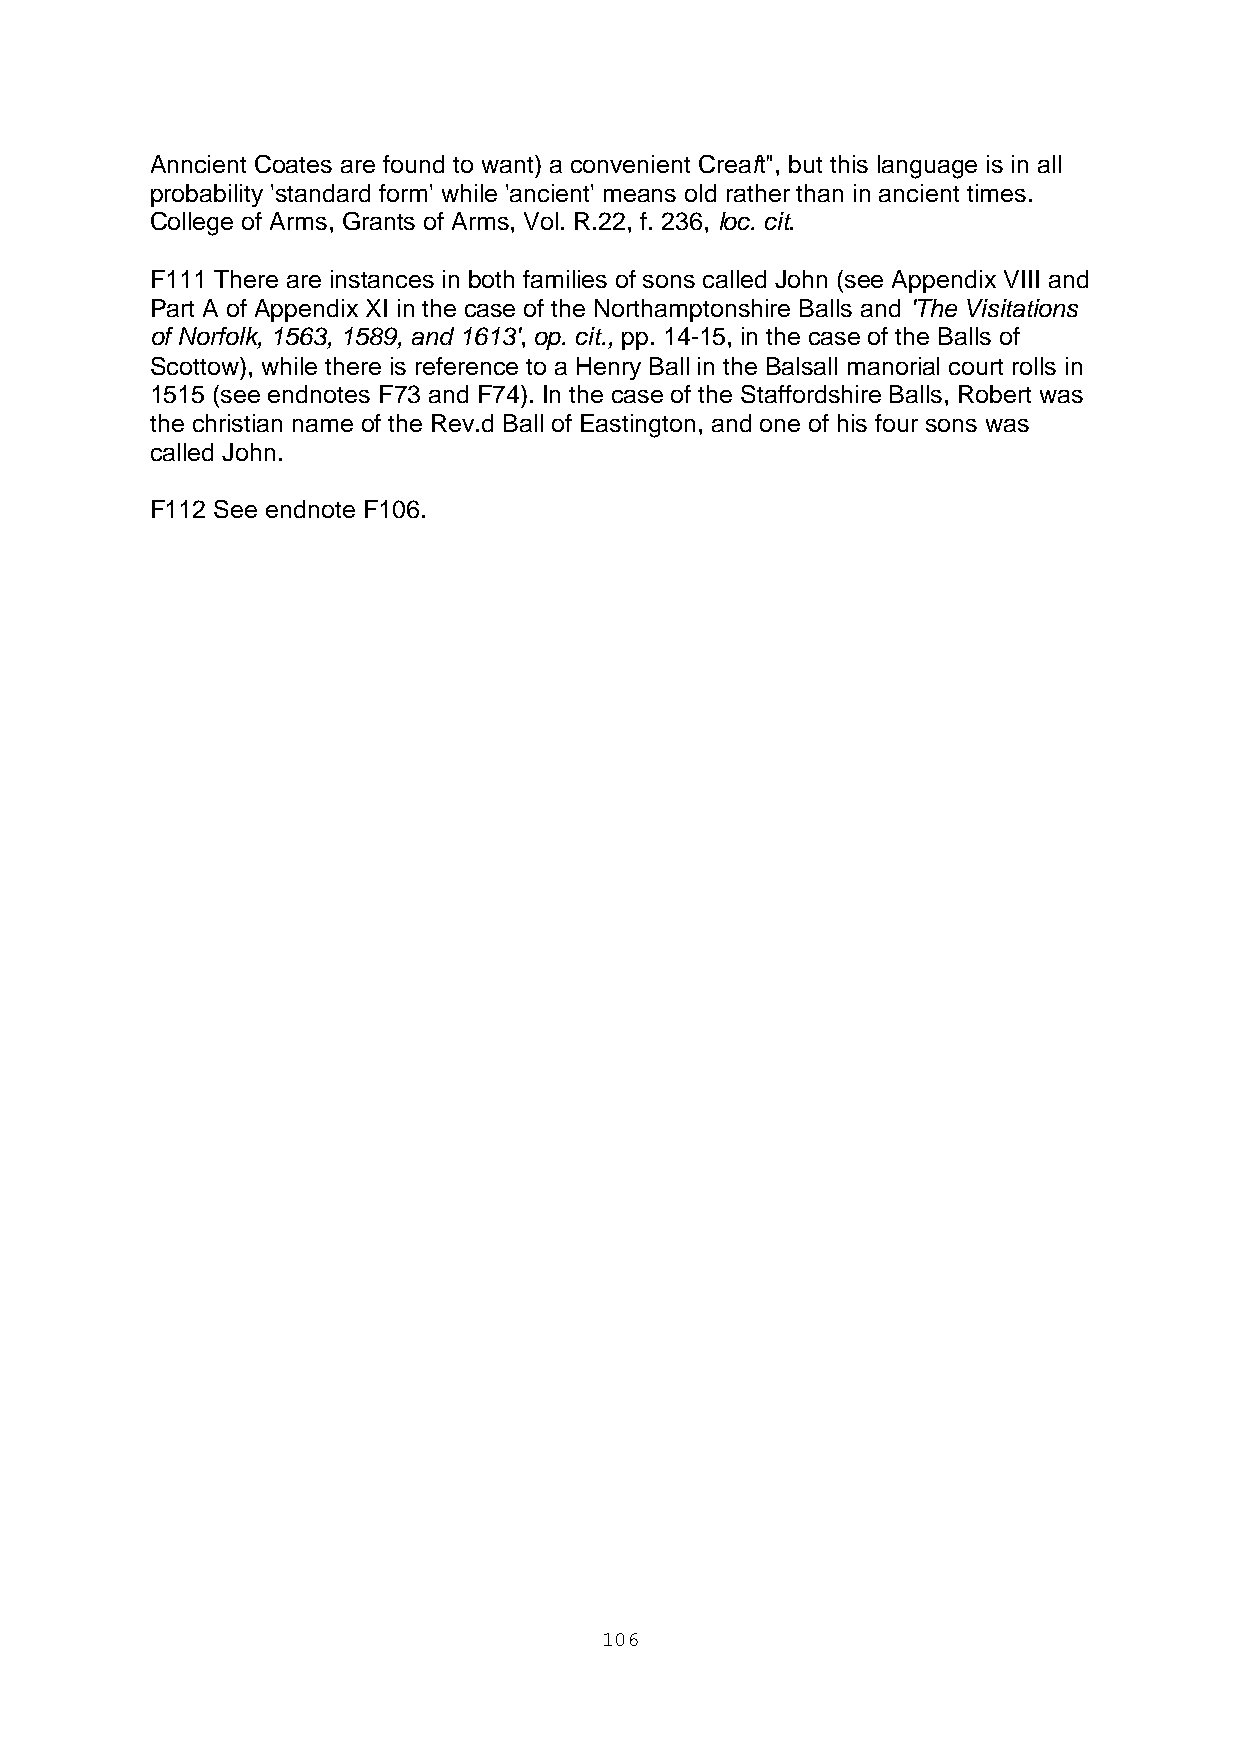
Anncient Coates are found to want) a convenient Creaft", but this language is in all
 probability 'standard form' while 'ancient' means old rather than in ancient times.
 College of Arms, Grants of Arms, Vol. R.22, f. 236, loc. cit.
 F111 There are instances in both families of sons called John (see Appendix VIII and
 Part A of Appendix XI in the case of the Northamptonshire Balls and 'The Visitations
 of Norfolk, 1563, 1589, and 1613', op. cit., pp. 14-15, in the case of the Balls of
 Scottow), while there is reference to a Henry Ball in the Balsall manorial court rolls in
 1515 (see endnotes F73 and F74). In the case of the Staffordshire Balls, Robert was
 the christian name of the Rev.d Ball of Eastington, and one of his four sons was
 called John.
 F112 See endnote F106.
 106